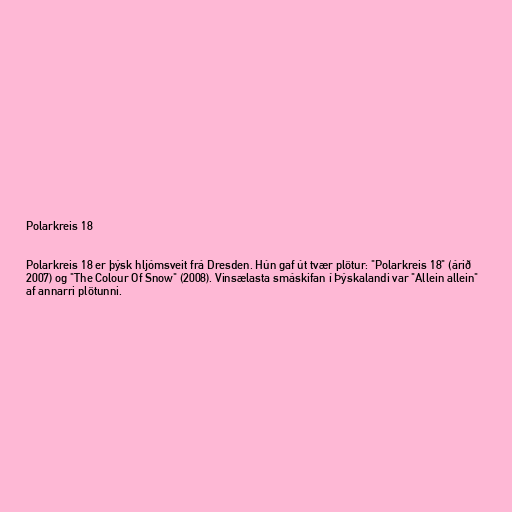
Polarkreis 18

Polarkreis 18 er þýsk hljómsveit frá Dresden. Hún gaf út tvær plötur: "Polarkreis 18" (árið
2007) og "The Colour Of Snow" (2008). Vinsælasta smáskifan í Þýskalandi var "Allein allein"
af annarri plötunni.